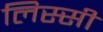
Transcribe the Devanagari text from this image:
लिस्सी